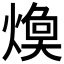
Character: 𱬈